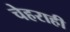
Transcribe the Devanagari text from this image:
चेहराही